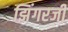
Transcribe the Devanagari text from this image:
झिंगरजी